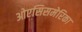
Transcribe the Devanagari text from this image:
ओएसिसमेरिका